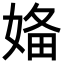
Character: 𡞕